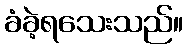
ခံခဲ့ရသေးသည်။